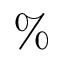
\%